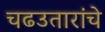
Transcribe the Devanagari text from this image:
चढउतारांचे